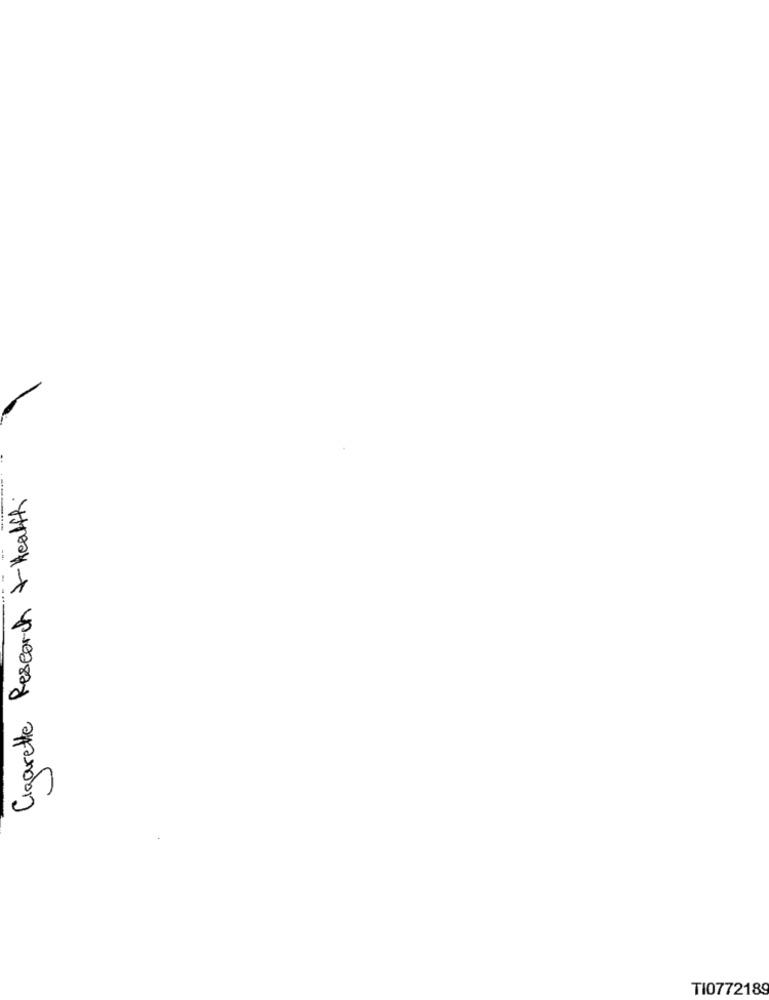
Cigarette Research & Health
TI0772189